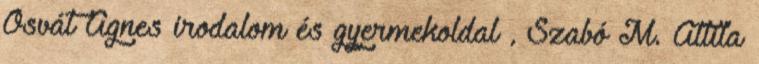
Osvát Ágnes irodalom és gyermekoldal , Szabó M. Attila